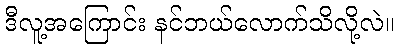
ဒီလူ့အကြောင်း နင်ဘယ်လောက်သိလို့လဲ။